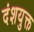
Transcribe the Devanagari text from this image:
दंशयुक्त